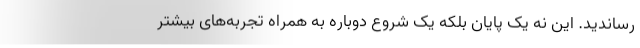
رساندید. این نه یک پایان بلکه یک شروع دوباره به همراه تجربه‌های بیشتر